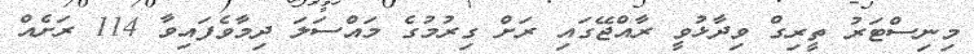
މިނިސްޓަރު ތީރިގް ވިދާޅުވީ ރާއްޖޭގައި ރަށް ގިރުމުގެ މައްސަލަ ދިމާވެފައިވާ 114 ރަށެއް